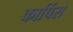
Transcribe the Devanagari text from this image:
कार्पिस